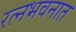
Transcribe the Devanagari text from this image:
रत्‍नभवनात